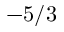
- 5 / 3